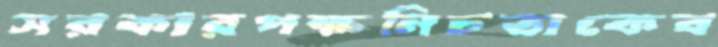
সরকারপক্ষনিচতাকেব